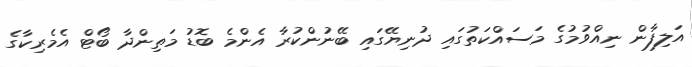
އަލިފާން ނިއްވުމުގެ މަސައްކަތުގައި ދުނިޔޭގައި ބޭނުންކުރާ އެންމެ ބޮޑު މަތިންދާ ބޯޓް އެމެރިކާގެ